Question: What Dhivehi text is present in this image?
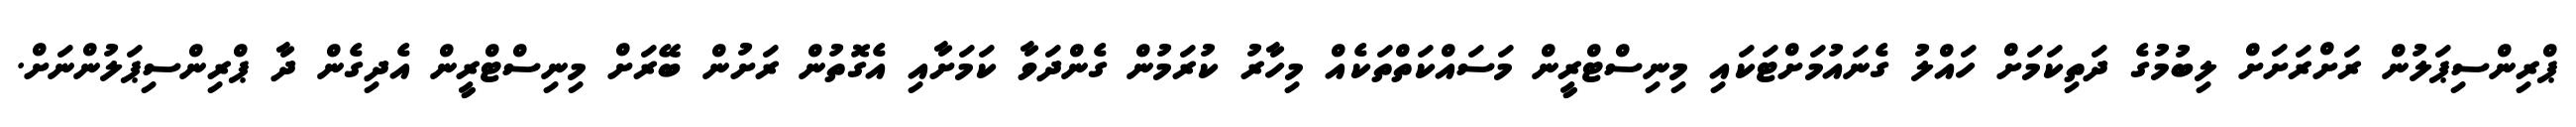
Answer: ޕްރިންސިޕަލުން ރަށްރަށަށް ލިބުމުގެ ދަތިކަމަށް ހައްލު ގެނައުމަށްޓަކައި މިނިސްޓްރީން މަސައްކަތްތަކެއް މިހާރު ކުރަމުން ގެންދަވާ ކަމަށާއި އެގޮތުން ރަށުން ބޭރަށް މިނިސްޓްރީން އެދިގެން ދާ ޕްރިންސިޕަލުންނަށް.